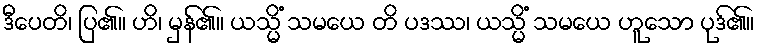
ဒီပေတိ၊ ပြ၏။ ဟိ၊ မှန်၏။ ယသ္မိံ သမယေ တိ ပဒဿ၊ ယသ္မိံ သမယေ ဟူသော ပုဒ်၏။